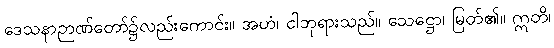
ဒေသနာဉာဏ်တော်၌လည်းကောင်း။ အဟံ၊ ငါဘုရားသည်။ သေဋ္ဌော၊ မြတ်၏။ ဣတိ၊